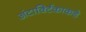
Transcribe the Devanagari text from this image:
अंटार्क्टिकाकडे